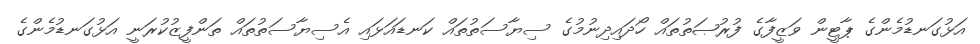
އަޅުގަނޑުމެންގެ ޕާޓީން ވަޒީފާގެ ފުރުޞަތުތައް ހޯދައިދިނުމުގެ ސިޔާސަތުތައް ކަނޑައަޅައި އެސިޔާސަތުތައް ތަންފީޒުކުރަނީ އަޅުގަނޑުމެންގެ